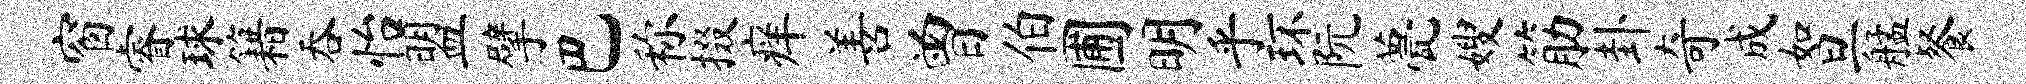
窗睿球籍吞怡盟擘巴称掇痒善曾伯圃明乎环阮甍嫂筋卦奇成如旦艋餐